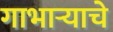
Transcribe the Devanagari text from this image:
गाभाऱ्याचे